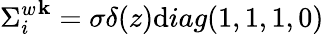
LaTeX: {{\Sigma}_{i}^{w}}^{\mathbf{k}}={\sigma}{\delta}(z)\mathrm{d}iag(1,1,1,0)